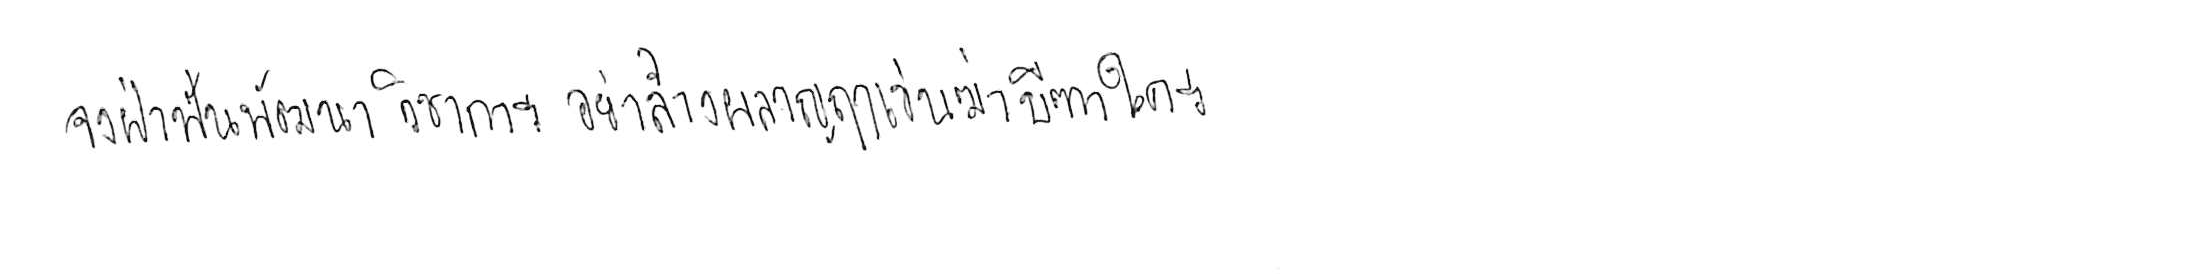
จงฝ่าฟันพัฒนาวิชาการ อย่าล้างผลาญฤๅเข่นฆ่าบีฑาใคร